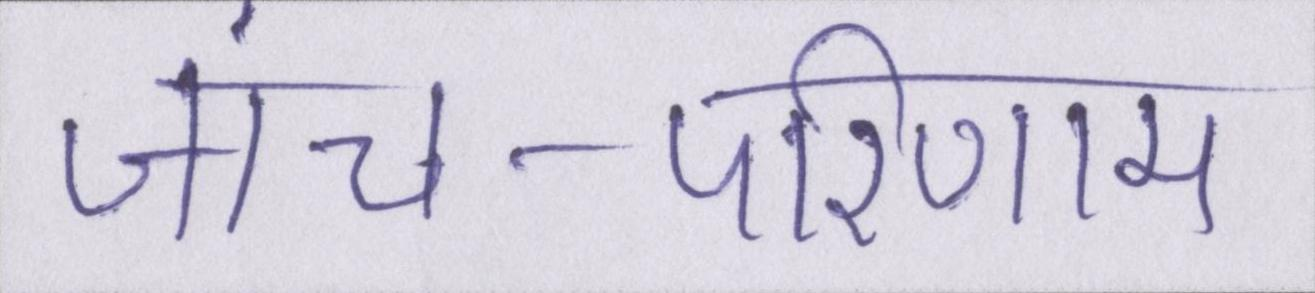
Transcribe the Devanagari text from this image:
जांच-परिणाम